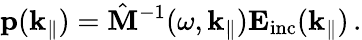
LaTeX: \mathbf{p}(\mathbf{k}_{\| })=\hat{\mathbf{M}}^{-1}(\omega,\mathbf{k}_{\| })\mathbf{E}_{\mathrm{inc}}(\mathbf{k}_{\| })\, .